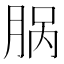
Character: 脶